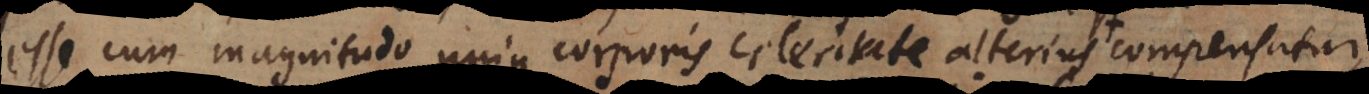
esse, cum magnitudo unius corporis celeritate alterius, compensatur;